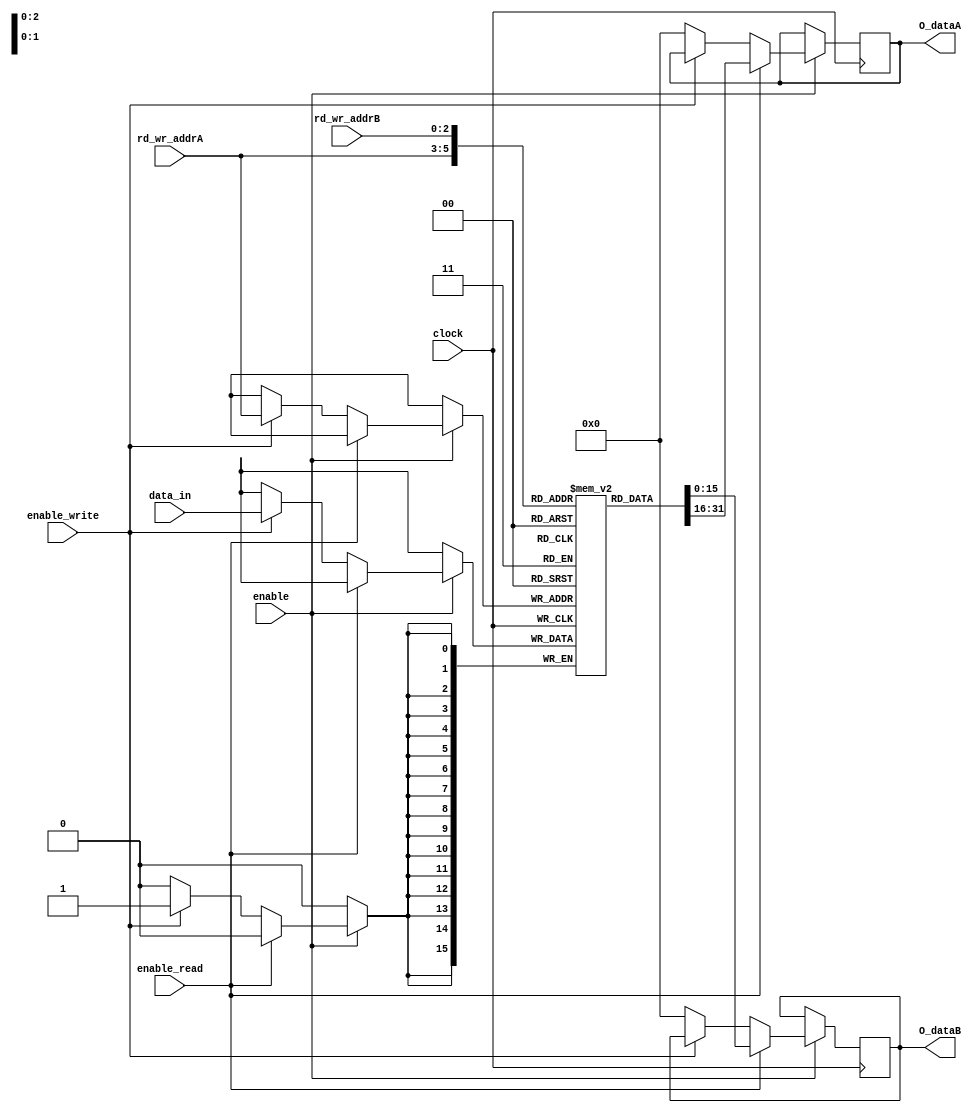
module reg16_8
(
  input wire clock,
  input wire enable_write,
  input enable,
  input wire [15:0] data_in,
  input wire enable_read,
  output reg [15:0] O_dataA,
  output reg [15:0] O_dataB,
  input wire [2:0] rd_wr_addrA,
  input wire [2:0] rd_wr_addrB
  );

  reg [15:0] regs [7:0]; //8 16 bit registers. Select which one to read/write to
  //with the rd_wr_addr


  always @ ( posedge clock ) begin
    if(enable==1)
    begin
      if(enable_read)
      begin
        O_dataA <= regs[rd_wr_addrA];
        O_dataB <= regs[rd_wr_addrB];
      end
      else if (enable_write)
        begin
        regs[rd_wr_addrA] <= data_in; //always write to the rd_wr_addrA address
        end
      else
      begin
        O_dataA <= 16'h0000;
        O_dataB <= 16'h0000;
      end
      end
    end

endmodule // 8x16 bit register file.